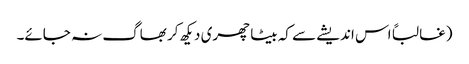
(غالباً اس اندیشے سے کہ بیٹا چھری دیکھ کر بھاگ نہ جائے۔